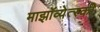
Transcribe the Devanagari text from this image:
माझॉव्येत्स्की